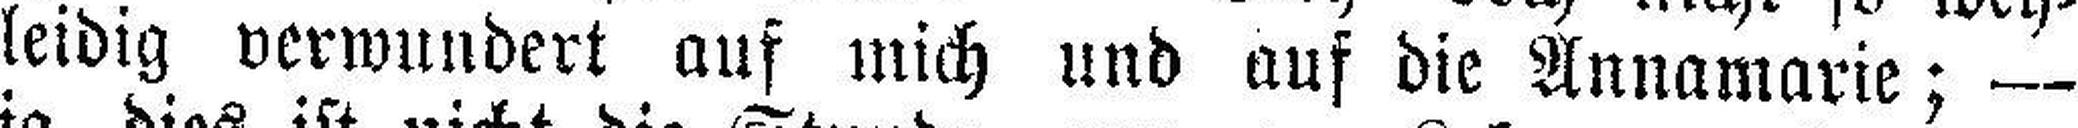
leidig verwundert auf mich und auf die Annamarie; —